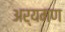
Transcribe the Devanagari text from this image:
अर्यमण